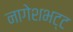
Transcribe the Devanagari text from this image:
नागेशभट्ट